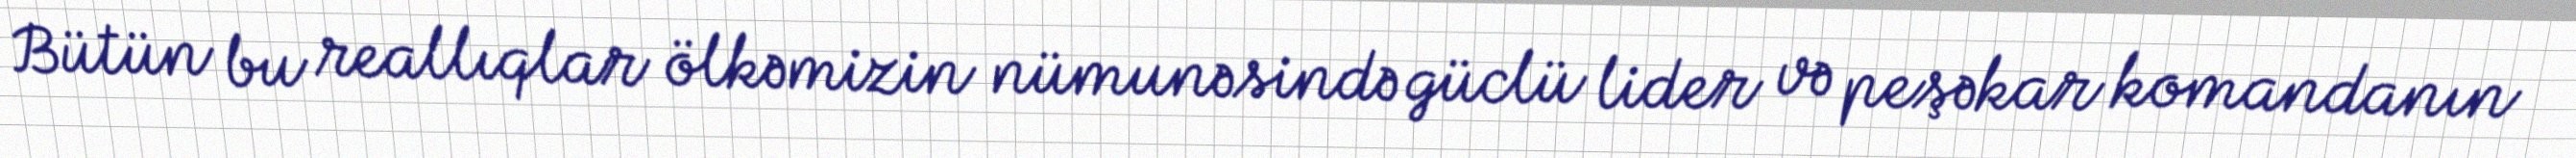
Bütün bu reallıqlar ölkəmizin nümunəsində güclü lider və peşəkar komandanın